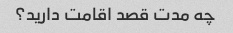
چه مدت قصد اقامت دارید؟